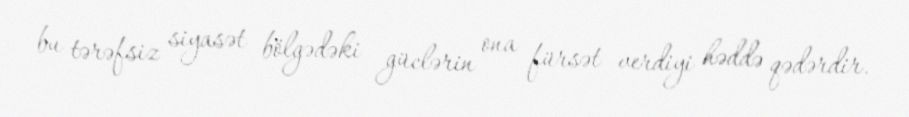
bu tərəfsiz siyasət bölgədəki güclərin ona fürsət verdiyi həddə qədərdir.